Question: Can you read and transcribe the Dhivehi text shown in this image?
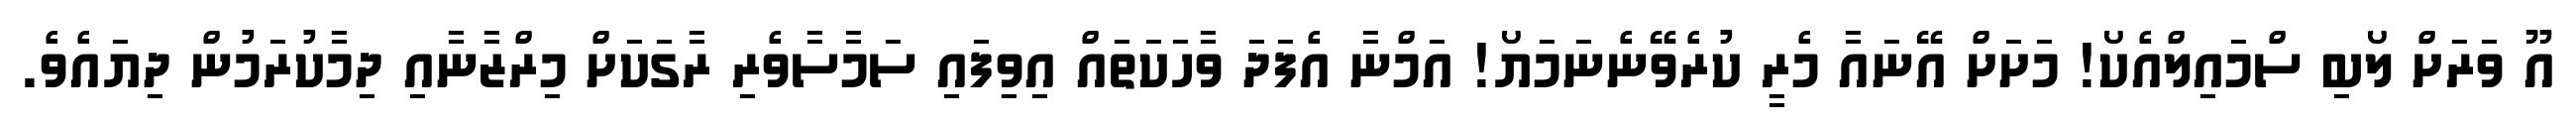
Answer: އޫ ވަރަށް ލޯބި ސްމައިލްއެކޯ! މަށަށް އޭނައާ މެރީ ކުރެވޭނެނަމަޔޯ! އަމްނާ އެފަދަ ވާހަކަތައް އިވިފައި ސަމާސާވެރި ރާގަކަށް މިރްޒާނާއި ދިމާކުރަމުން ދިޔައެވެ.